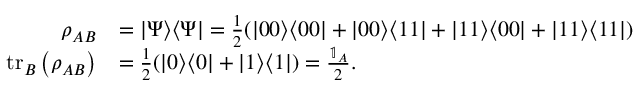
\begin{array} { r l } { \rho _ { A B } } & { = | \Psi \rangle \langle \Psi | = \frac { 1 } { 2 } ( | 0 0 \rangle \langle 0 0 | + | 0 0 \rangle \langle 1 1 | + | 1 1 \rangle \langle 0 0 | + | 1 1 \rangle \langle 1 1 | ) } \\ { \operatorname { t r } _ { B } \left( \rho _ { A B } \right) } & { = \frac { 1 } { 2 } ( | 0 \rangle \langle 0 | + | 1 \rangle \langle 1 | ) = \frac { \mathbb { 1 } _ { A } } { 2 } . } \end{array}